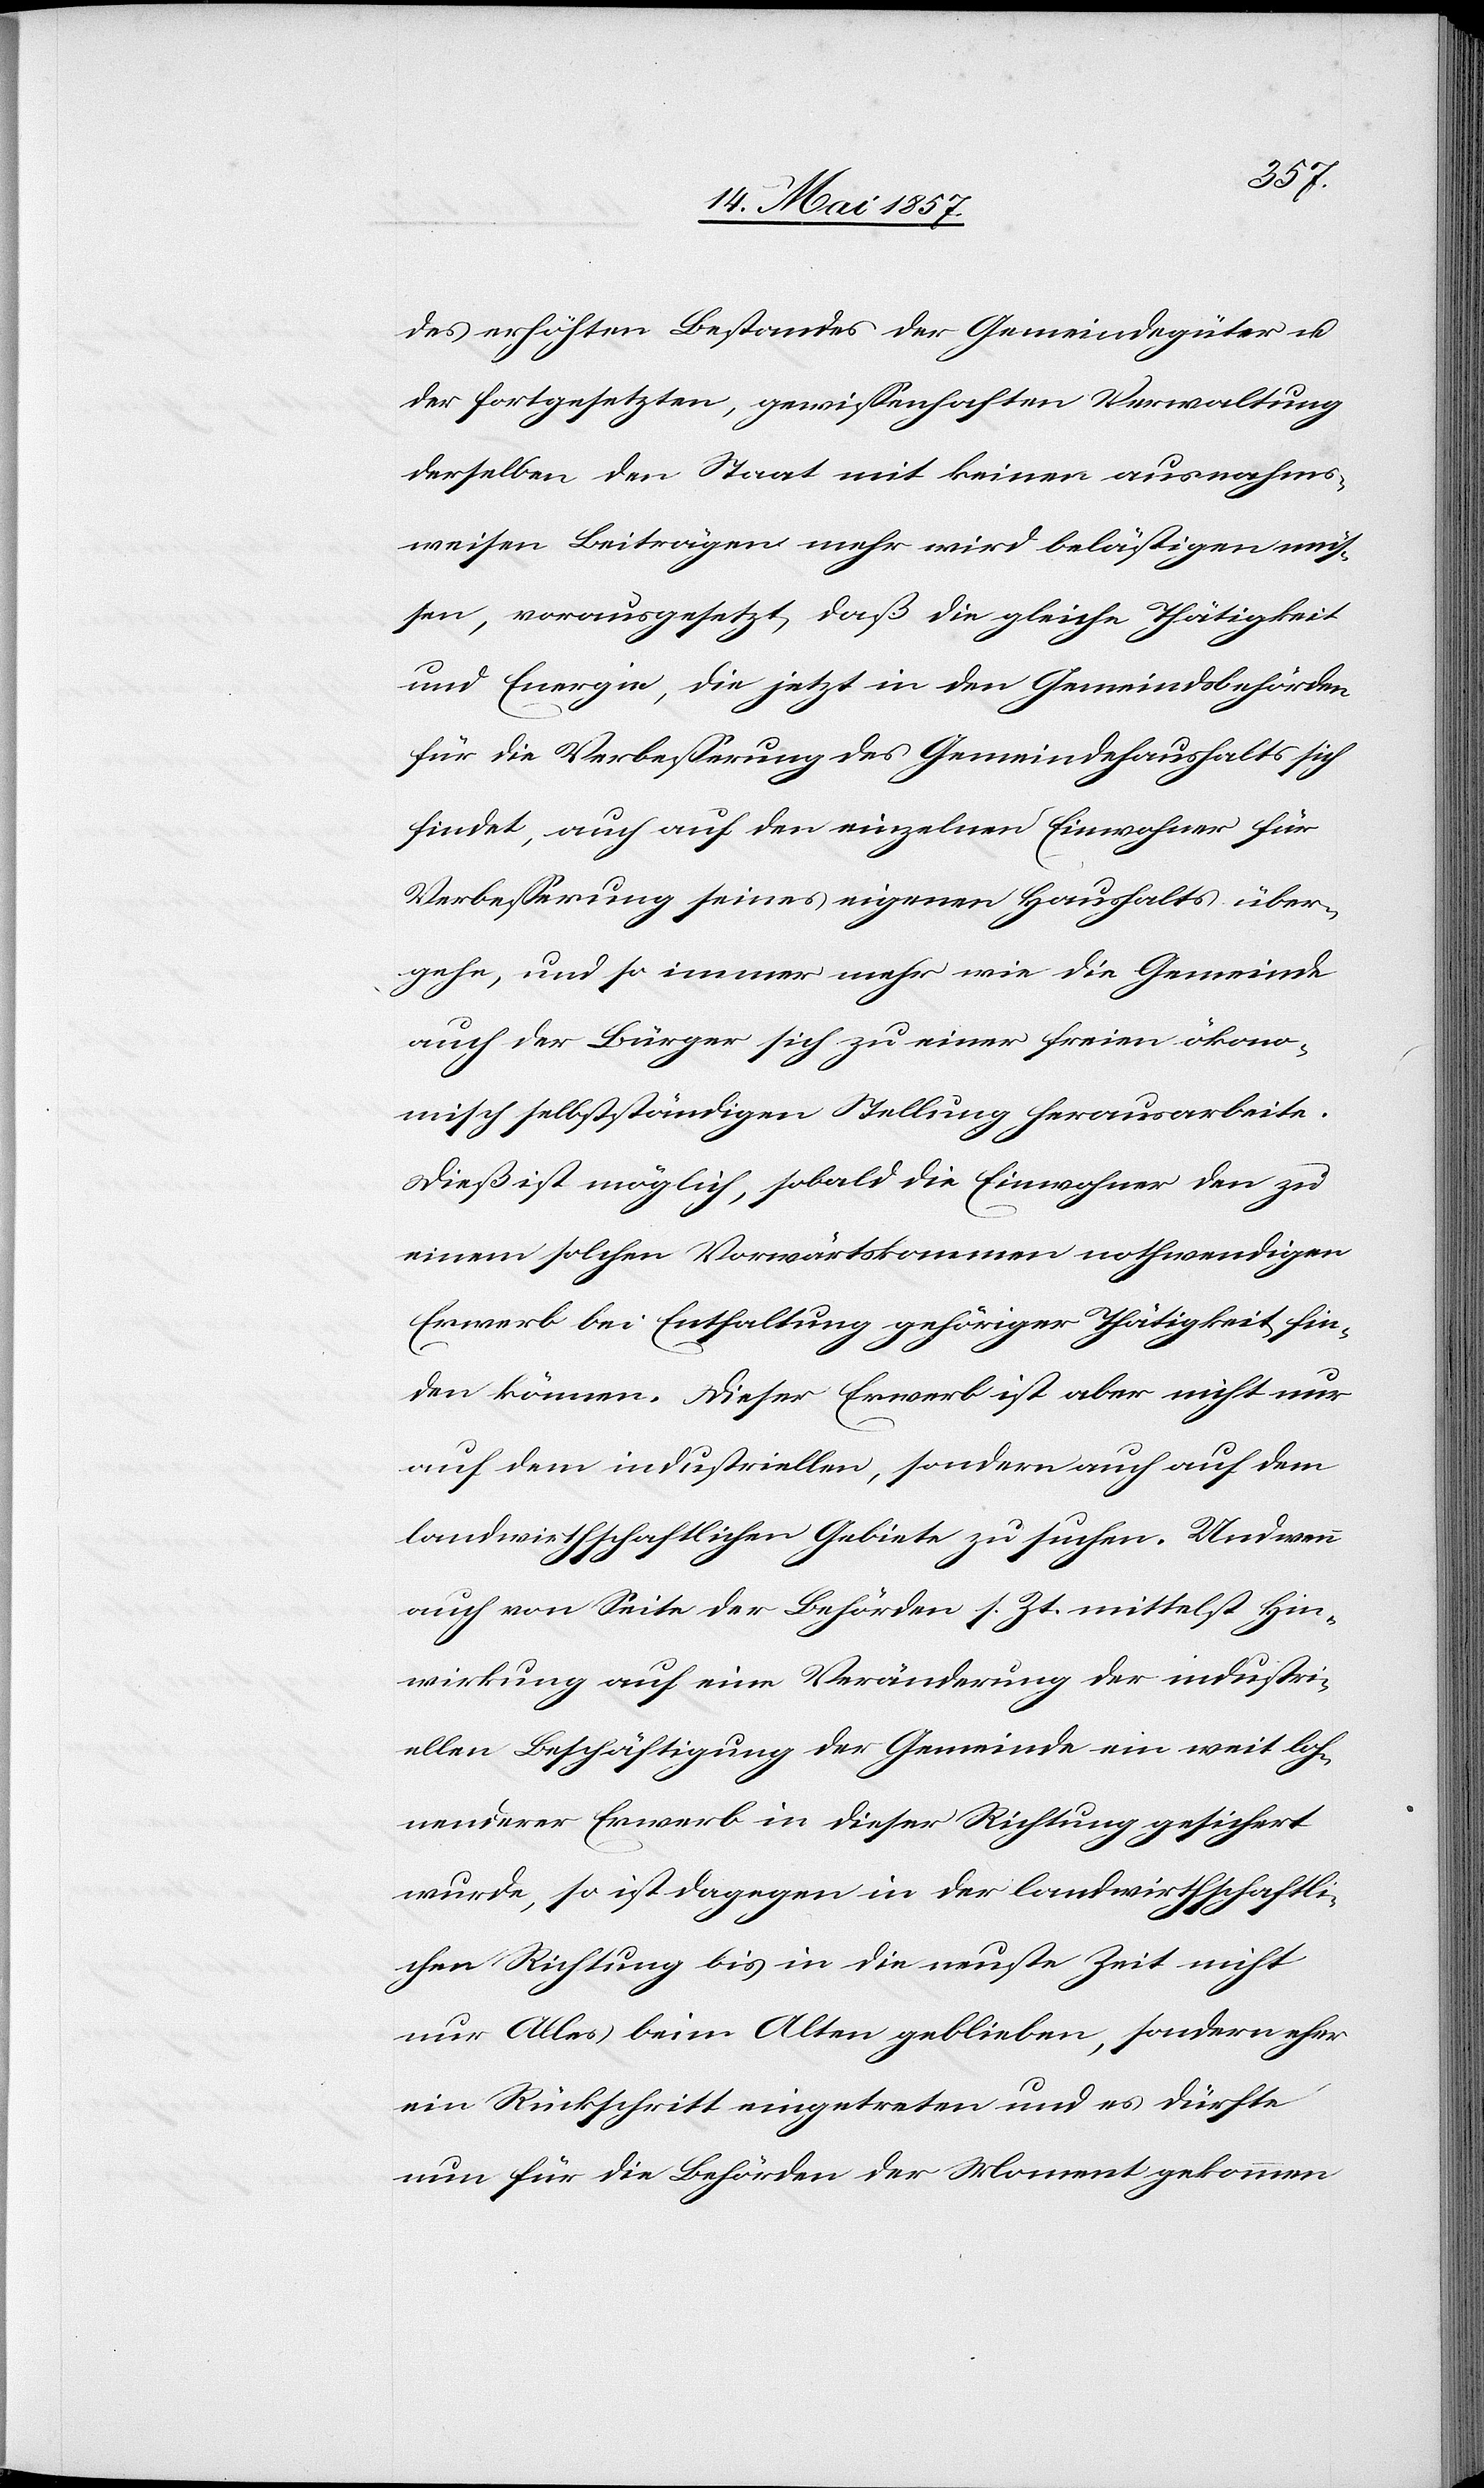
des erhöhten Bestandes der Gemeindegüter &
der fortgesetzten, gewißenhaften Verwaltung
derselben den Staat mit keinen ausnahms¬
weisen Beiträgen mehr wird belästigen müs¬
sen, vorausgesetzt, daß die gleiche Thätigkeit
und Energie, die jetzt in den Gemeindsbehörden
für die Verbesserung des Gemeindhaushalts sich
findet, auch auf den einzelnen Einwohner für
Verbesserung seines eigenen Haushaltes über¬
gehe, und so immer mehr wie die Gemeinde
auch der Bürger sich zu einer freien ökono¬
misch selbstständigen Stellung herausarbeite.
Dieß ist möglich, sobald die Einwohner den zu
einem solchen Vorwärtskommen nothwendigen
Erwerb bei Enthaltung gehöriger Thätigkeit fin¬
den können. Dieser Erwerb ist aber nicht nur
auf dem industriellen, sondern auch auf dem
landwirthschaftlichen Gebiete zu suchen. Und wenn
auch von Seite der Behörden s. Zt. mittelst Hin¬
wirkung auf eine Veränderung der industri¬
ellen Beschäftigung der Gemeinde ein weit loh¬
nenderer Erwerb in dieser Richtung gesichert
wurde, so ist dagegen in der landwirthschaftli¬
chen Richtung bis in die neuste Zeit nicht
nur Alles beim Alten geblieben, sondern eher
ein Rückschritt eingetreten und es dürfte
nun für die Behörden der Moment gekommen